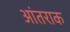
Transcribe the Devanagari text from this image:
आंतराक